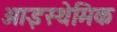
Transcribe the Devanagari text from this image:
आइस्थेमिक